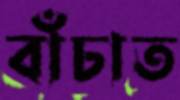
বাঁচাত